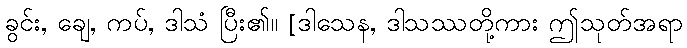
ခွင်း, ချေ, ကပ်, ဒါသံ ပြီး၏။ [ဒါသေန, ဒါသဿတို့ကား ဤသုတ်အရာ